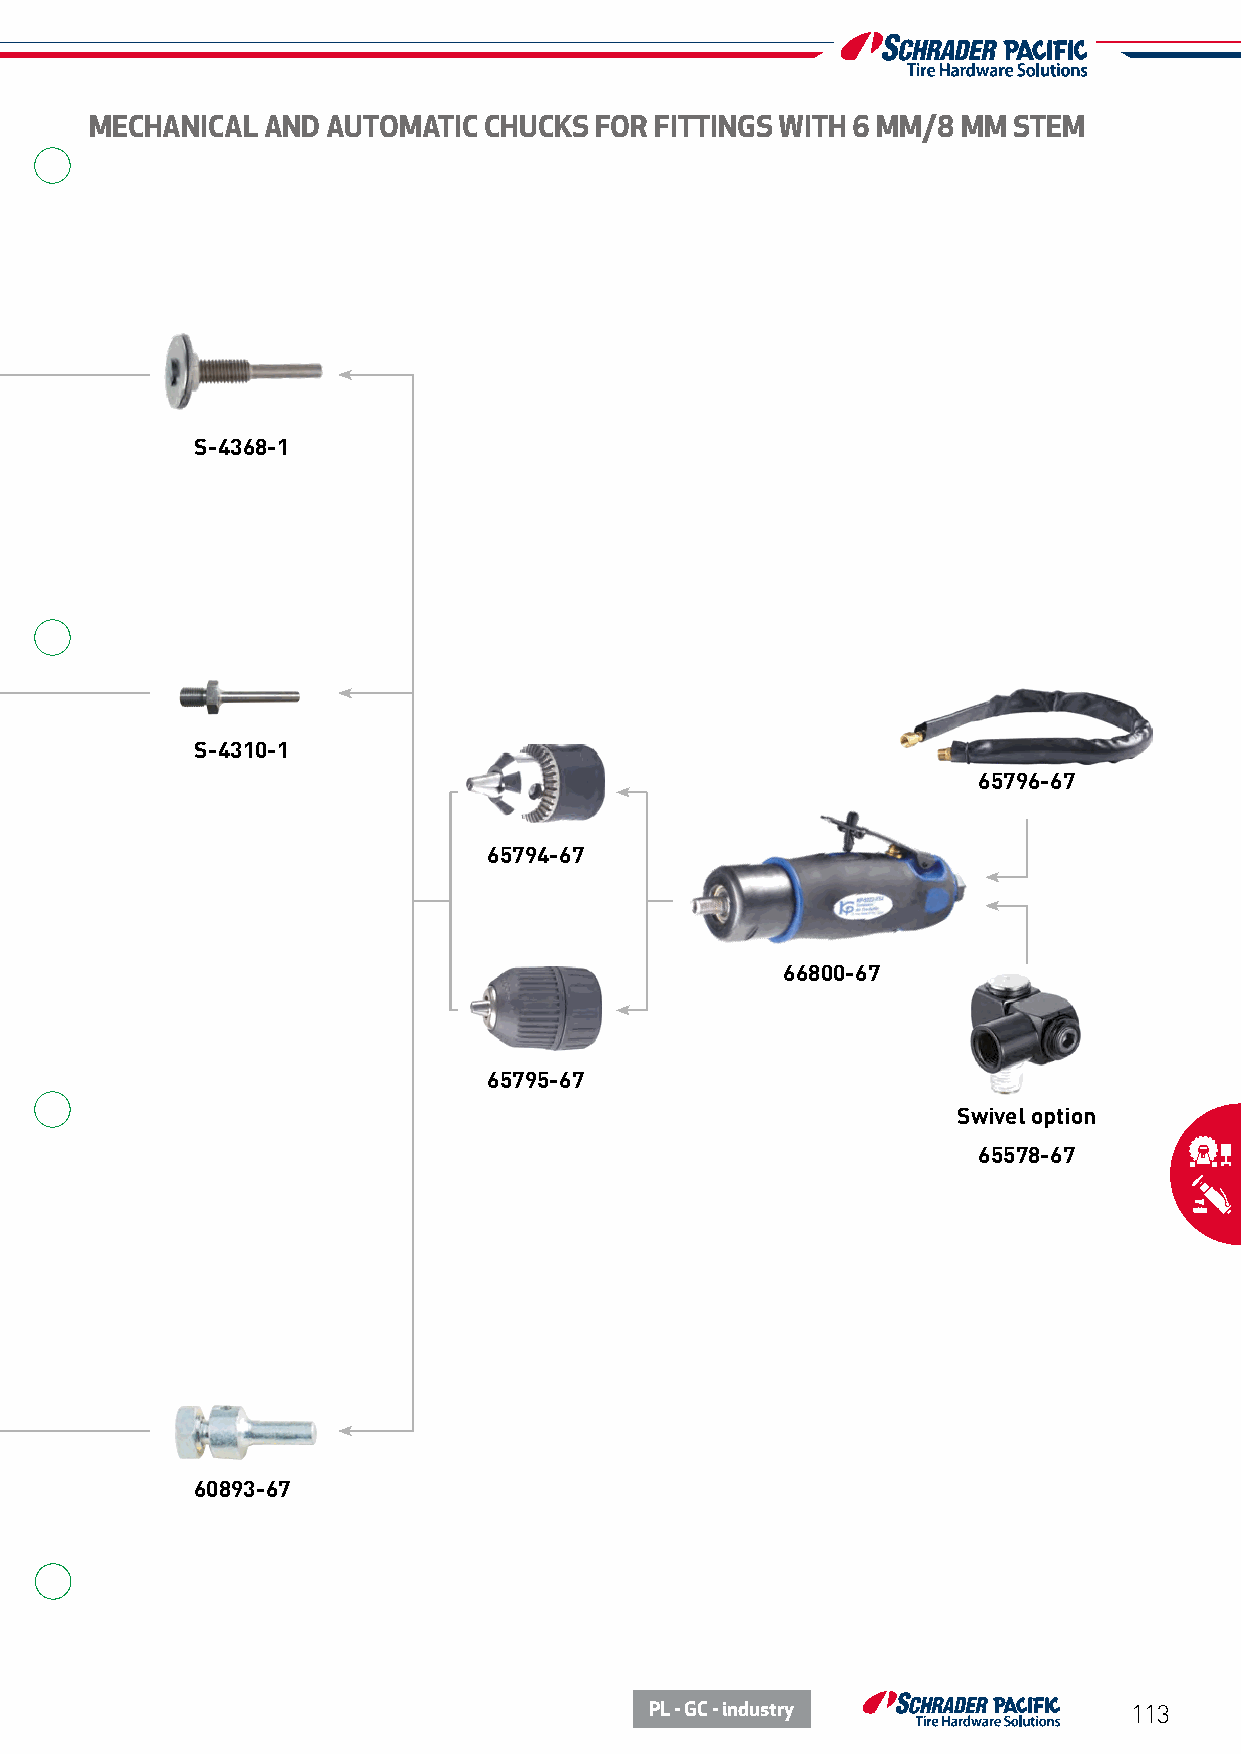
MECHANICAL  AND AUTOMATIC CHUCKS FOR FITTINGS WITH 6 MM/8 MM STEM
 S-4368-1
 S-4310-1
 65796-67
 65794-67
 66800-67
 65795-67
 Swivel option
 65578-67
 60893-67
 PL - GC - industry              113